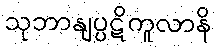
သုဘာနျပ္ပဋိကူလာနိ